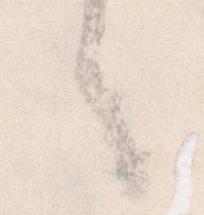
言